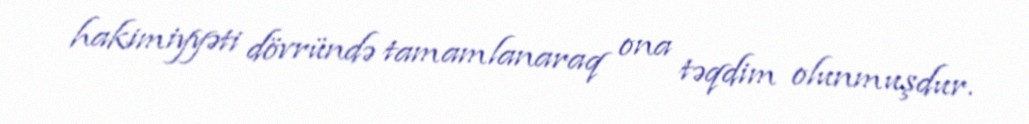
hakimiyyəti dövründə tamamlanaraq ona təqdim olunmuşdur.